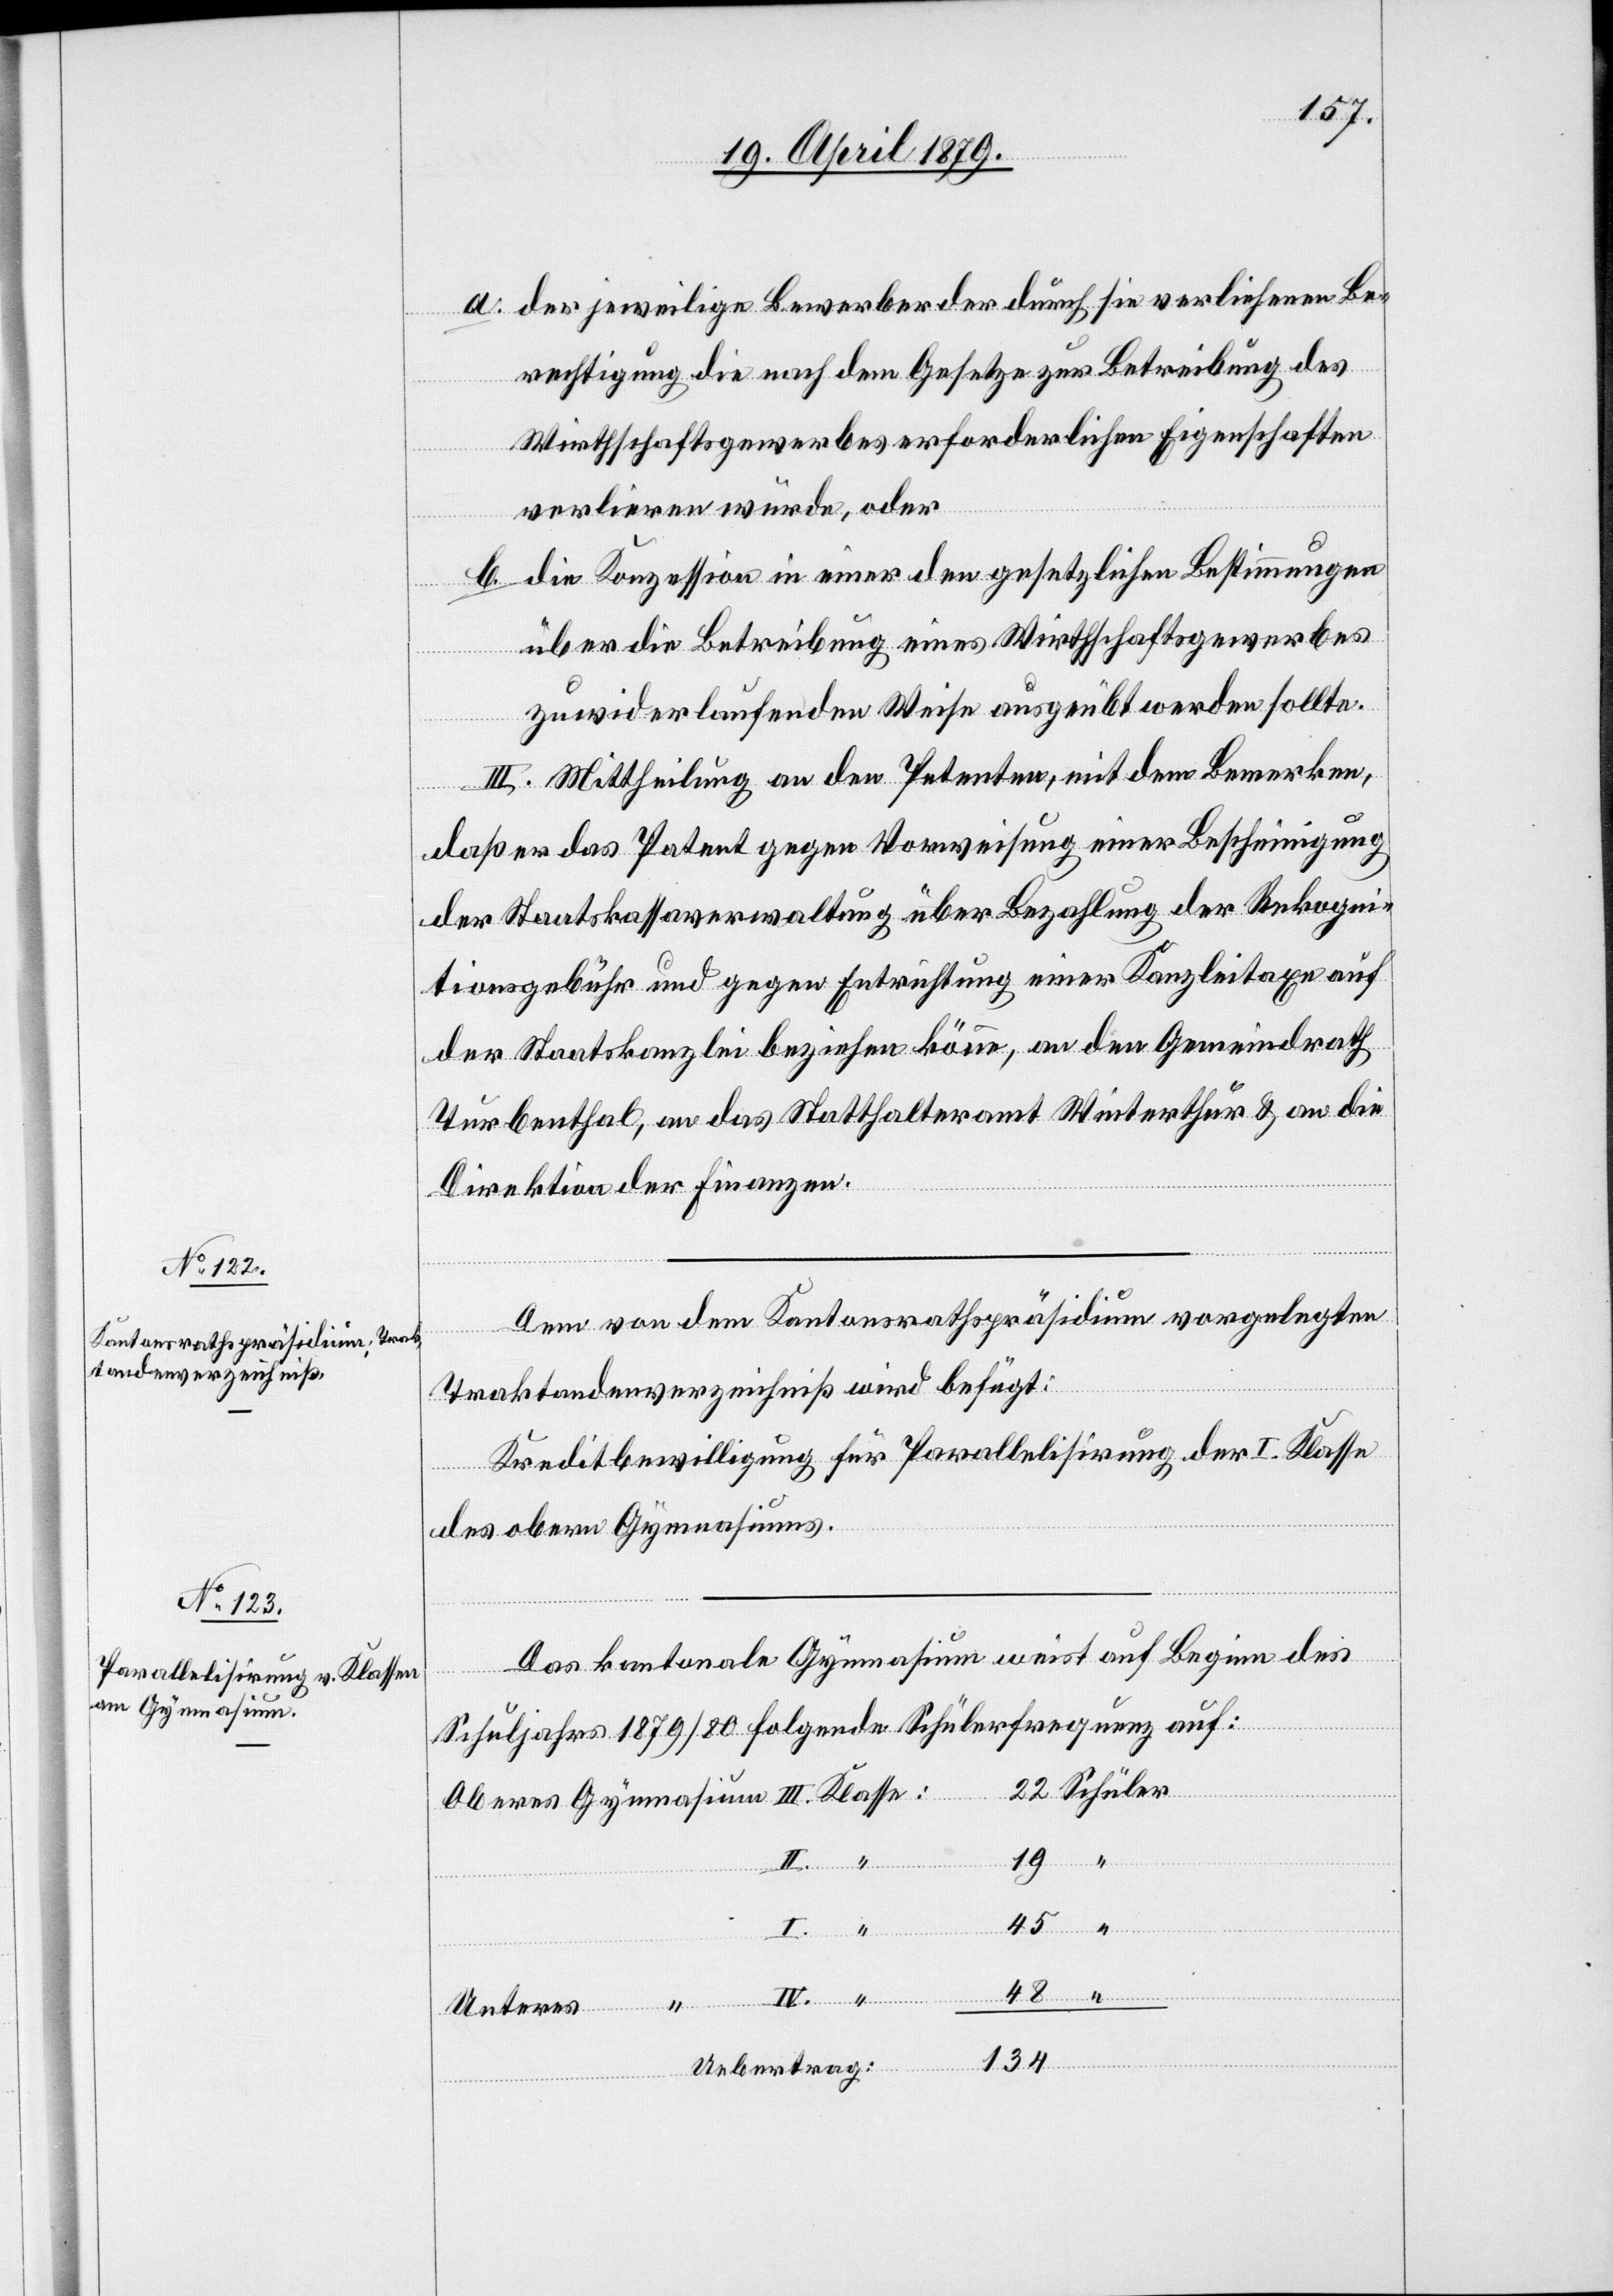
a. der jeweilige Bewerber der durch sie verliehenen Be¬
rechtigung die nach dem Gesetze zur Betreibung des
Wirthschaftsgewerbes erforderlichen Eigenschaften
verlieren würde, oder
b. die Konzession in einer den gesetzlichen Bestimmungen
über die Betreibung eines Wirthschaftsgewerbes
zuwiderlaufenden Weise ausgeübt werden sollte.
III. Mittheilung an den Petenten, mit dem Bemerken,
IV.
daß er das Patent gegen Vorweisung einer Bescheinigung
der Staatskassaverwaltung über Bezahlung der Rekogni¬
tionsgebühr und gegen Entrichtung einer Kanzleitaxe auf
der Staatskanzlei beziehen könne, an den Gemeindrath
Turbenthal, an das Statthalteramt Winterthur & an die
Direktion der Finanzen.
Dem von dem Kantonsrathspräsidium vorgelegten
Traktandenverzeichniß wird befügt
Kreditbewilligung für Parallelisirung der I. Klasse
des obern Gymnasiums.
Das kantonale Gymnasium weist auf Beginn des
Schuljahrs 1879/80 folgende Schülerfrequenz auf:
Unteres “
Schüler